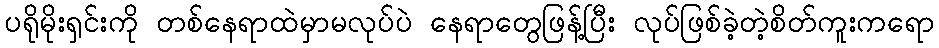
ပရိုမိုးရှင်းကို တစ်နေရာထဲမှာမလုပ်ပဲ နေရာတွေဖြန့်ပြီး လုပ်ဖြစ်ခဲ့တဲ့စိတ်ကူးကရော